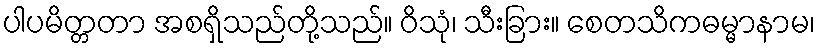
ပါပမိတ္တတာ အစရှိသည်တို့သည်။ ဝိသုံ၊ သီးခြား။ စေတသိကဓမ္မာနာမ၊